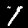
Label: 1